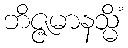
ဘိဇ္ဇမာနသ္မိံ